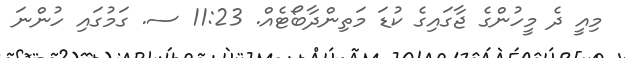
މިއީ ދެ މީހުންގެ ޖާގައިގެ ކުޑަ މަތިންދާބޯޓެއް. 11:23 ސ. ގަމުގައި ހުންނަ